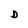
Character: D